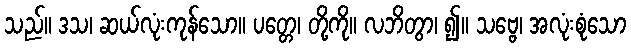
သည်။ ဒသ၊ ဆယ်လုံးကုန်သော။ ပတ္တေ၊ တို့ကို။ လဘိတွာ၊ ၍။ သဗ္ဗေ၊ အလုံးစုံသော